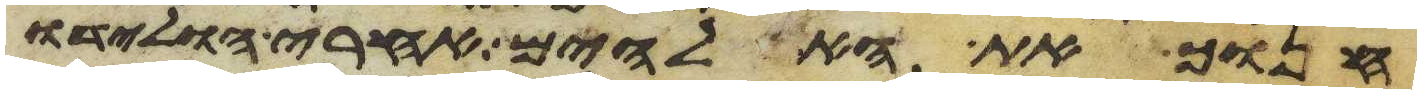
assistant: חנוך את האלהים אחרי הולידו